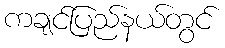
ကချင်ပြည်နယ်တွင်